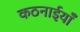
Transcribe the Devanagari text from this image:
कठनाईयाँ